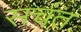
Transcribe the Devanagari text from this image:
सचंत